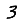
Digit: 3